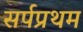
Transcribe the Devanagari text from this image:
सर्पप्रथम